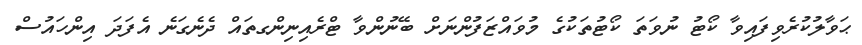
ޙަވާލުކުރެވިފައިވާ ކޯޓު ނުވަތަ ކޯޓުތަކުގެ މުވައްޒަފުންނަށް ބޭނުންވާ ޓްރެއިނިންގތައް ދެނެގަނެ އެފަދަ އިންހައުސް